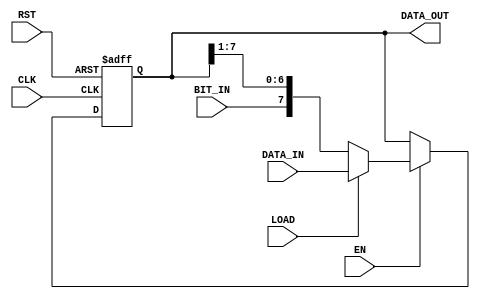

`timescale 1 ns / 1 ps

module Shift_Reg(DATA_OUT, CLK, RST, EN, LOAD, BIT_IN, DATA_IN);
	parameter SIZE = 8;
	
	input CLK, RST, EN, BIT_IN, LOAD;
	input [SIZE-1:0] DATA_IN;
	output reg [SIZE-1:0] DATA_OUT;
	
	always@(posedge CLK or negedge RST) begin
		if (~RST) 
			DATA_OUT <= 'b0;
		else begin
			if (EN) begin
				if (LOAD)
					DATA_OUT <= DATA_IN;
				else begin
					DATA_OUT <= {BIT_IN, DATA_OUT[SIZE-1:1]};
				end
			end
			else
				DATA_OUT <= DATA_OUT;
		end
	end

endmodule